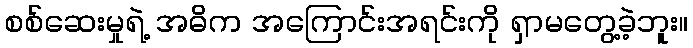
စစ်ဆေးမှုရဲ့ အဓိက အကြောင်းအရင်းကို ရှာမတွေ့ခဲ့ဘူး။